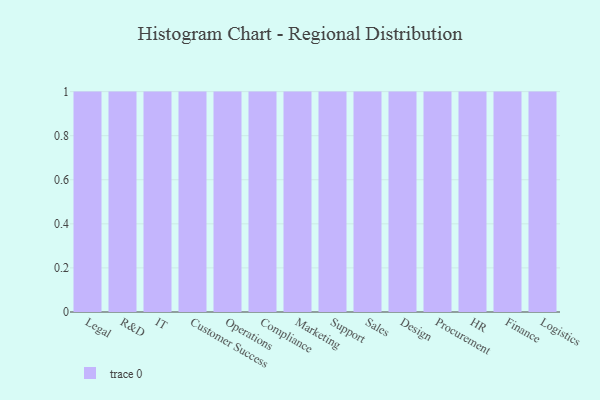
{"axis": {"x": "Department", "y": "Revenue (USD Million)"}, "legend": [""], "data": [{"x": "Legal", "y": 27, "type": ""}, {"x": "R&D", "y": 10, "type": ""}, {"x": "IT", "y": 72, "type": ""}, {"x": "Customer Success", "y": 59, "type": ""}, {"x": "Operations", "y": 72, "type": ""}, {"x": "Compliance", "y": 5, "type": ""}, {"x": "Marketing", "y": 7, "type": ""}, {"x": "Support", "y": 75, "type": ""}, {"x": "Sales", "y": 43, "type": ""}, {"x": "Design", "y": 66, "type": ""}, {"x": "Procurement", "y": 12, "type": ""}, {"x": "HR", "y": 77, "type": ""}, {"x": "Finance", "y": 24, "type": ""}, {"x": "Logistics", "y": 24, "type": ""}]}